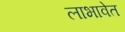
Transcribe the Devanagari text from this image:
लाभावेत